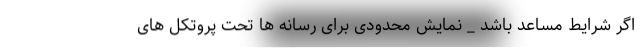
اگر شرایط مساعد باشد _ نمایش محدودی برای رسانه ها تحت پروتکل های